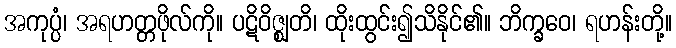
အကုပ္ပံ၊ အရဟတ္တဖိုလ်ကို။ ပဋိဝိဇ္ဈတိ၊ ထိုးထွင်း၍သိနိုင်၏။ ဘိက္ခဝေ၊ ရဟန်းတို့။